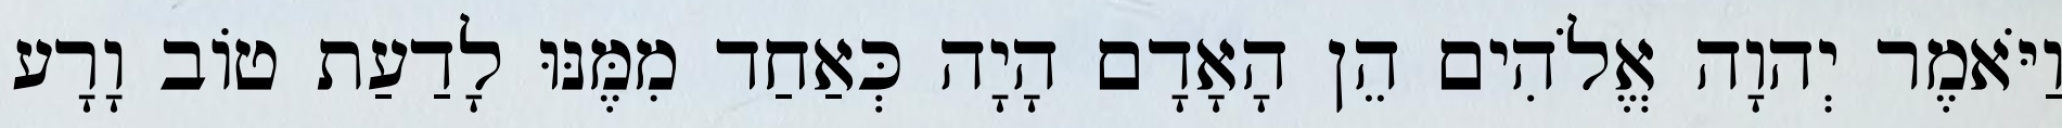
וַיֹּאמֶר יְהוָה אֱלֹהִים הֵן הָאָדָם הָיָה כְּאַחַד מִמֶּנּוּ לָדַעַת טֹוב וָרָע